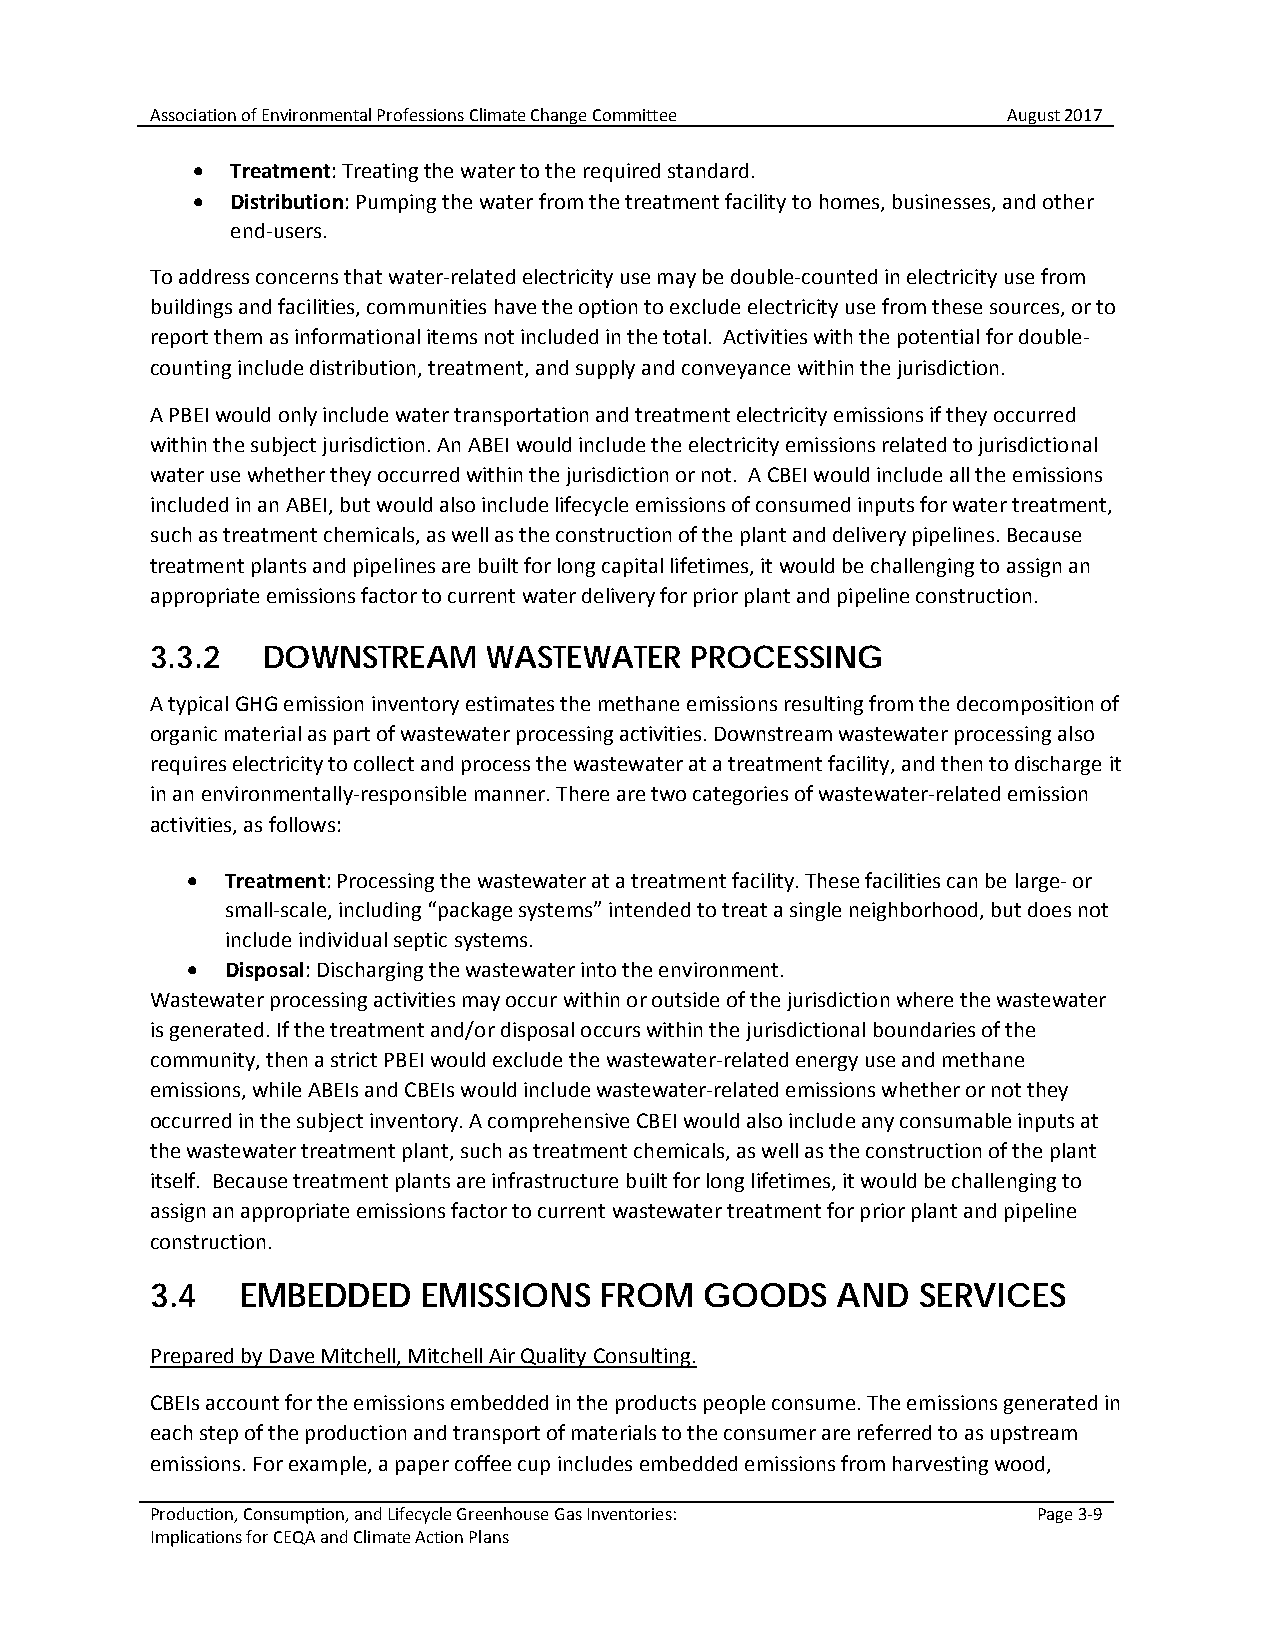
Association of Environmental Professions Climate Change Committee August 2017
 • Treatment: Treating the water to the required standard.
 • Distribution: Pumping the water from the treatment facility to homes, businesses, and other
 end-users.
 To address concerns that water-related electricity use may be double-counted in electricity use from
 buildings and facilities, communities have the option to exclude electricity use from these sources, or to
 report them as informational items not included in the total. Activities with the potential for double-
 counting include distribution, treatment, and supply and conveyance within the jurisdiction.
 A PBEI would only include water transportation and treatment electricity emissions if they occurred
 within the subject jurisdiction. An ABEI would include the electricity emissions related to jurisdictional
 water use whether they occurred within the jurisdiction or not. A CBEI would include all the emissions
 included in an ABEI, but would also include lifecycle emissions of consumed inputs for water treatment,
 such as treatment chemicals, as well as the construction of the plant and delivery pipelines. Because
 treatment plants and pipelines are built for long capital lifetimes, it would be challenging to assign an
 appropriate emissions factor to current water delivery for prior plant and pipeline construction.
 3.3.2  DOWNSTREAM     WASTEWATER    PROCESSING
 A typical GHG emission inventory estimates the methane emissions resulting from the decomposition of
 organic material as part of wastewater processing activities. Downstream wastewater processing also
 requires electricity to collect and process the wastewater at a treatment facility, and then to discharge it
 in an environmentally-responsible manner. There are two categories of wastewater-related emission
 activities, as follows:
 •  Treatment: Processing the wastewater at a treatment facility. These facilities can be large- or
 small-scale, including “package systems” intended to treat a single neighborhood, but does not
 include individual septic systems.
 •  Disposal: Discharging the wastewater into the environment.
 Wastewater processing activities may occur within or outside of the jurisdiction where the wastewater
 is generated. If the treatment and/or disposal occurs within the jurisdictional boundaries of the
 community, then a strict PBEI would exclude the wastewater-related energy use and methane
 emissions, while ABEIs and CBEIs would include wastewater-related emissions whether or not they
 occurred in the subject inventory. A comprehensive CBEI would also include any consumable inputs at
 the wastewater treatment plant, such as treatment chemicals, as well as the construction of the plant
 itself. Because treatment plants are infrastructure built for long lifetimes, it would be challenging to
 assign an appropriate emissions factor to current wastewater treatment for prior plant and pipeline
 construction.
 3.4   EMBEDDED    EMISSIONS   FROM   GOODS   AND   SERVICES
 Prepared by Dave Mitchell, Mitchell Air Quality Consulting.
 CBEIs account for the emissions embedded in the products people consume. The emissions generated in
 each step of the production and transport of materials to the consumer are referred to as upstream
 emissions. For example, a paper coffee cup includes embedded emissions from harvesting wood,
 Production, Consumption, and Lifecycle Greenhouse Gas Inventories: Page 3-9
 Implications for CEQA and Climate Action Plans